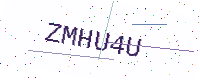
Text: ZMHU4U